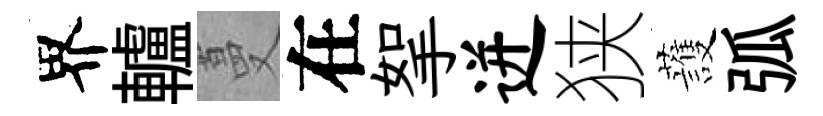
界轤蔓在挐迸狭䕶弧